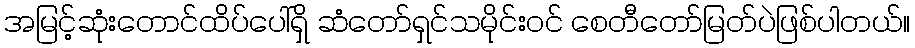
အမြင့်ဆုံးတောင်ထိပ်ပေါ်ရှိ ဆံတော်ရှင်သမိုင်းဝင် စေတီတော်မြတ်ပဲဖြစ်ပါတယ်။